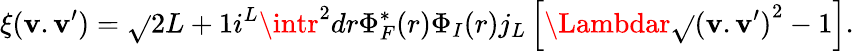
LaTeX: \xi(\mathbf{v}.\mathbf{v}^{\prime})=\sqrt{}{{2L+1}}i^{L}\intr^{2}dr\Phi_{F}^{*}(r)\Phi_{I}(r)j_{L}\left[\Lambdar\sqrt{}{{{(\mathbf{v}.\mathbf{v}^{\prime})}^{2}-1}}\right].